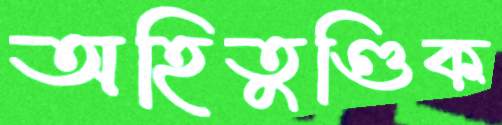
অহিতুণ্ডিক